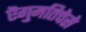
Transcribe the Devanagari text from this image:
ऎगुमतिचेसे